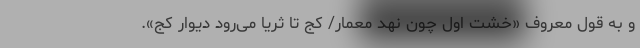
و به قول معروف «خشت اول چون نهد معمار/ کج تا ثریا می‌رود دیوار کج».